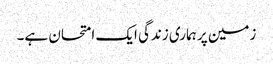
زمین پر ہماری زندگی ایک امتحان ہے۔